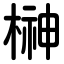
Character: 榊